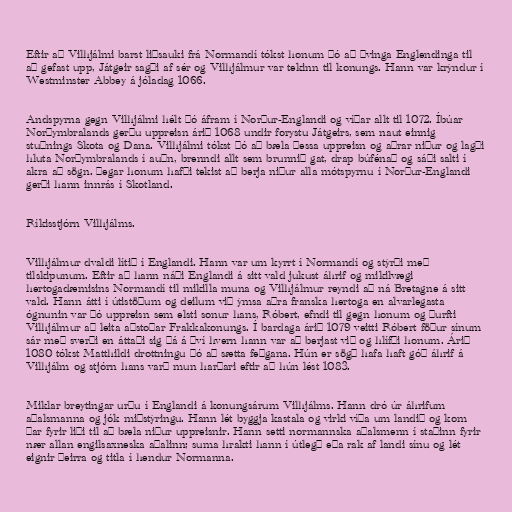
Eftir að Vilhjálmi barst liðsauki frá Normandí tókst honum þó að þvinga Englendinga til
að gefast upp, Játgeir sagði af sér og Vilhjálmur var tekinn til konungs. Hann var krýndur í
Westminster Abbey á jóladag 1066.

Andspyrna gegn Vilhjálmi hélt þó áfram í Norður-Englandi og víðar allt til 1072. Íbúar
Norðymbralands gerðu uppreisn árið 1068 undir forystu Játgeirs, sem naut einnig
stuðnings Skota og Dana. Vilhjálmi tókst þó að bæla þessa uppreisn og aðrar niður og lagði
hluta Norðymbralands í auðn, brenndi allt sem brunnið gat, drap búfénað og sáði salti í
akra að sögn. Þegar honum hafði tekist að berja niður alla mótspyrnu í Norður-Englandi
gerði hann innrás í Skotland.

Ríkisstjórn Vilhjálms.

Vilhjálmur dvaldi lítið í Englandi. Hann var um kyrrt í Normandí og stýrði með
tilskipunum. Eftir að hann náði Englandi á sitt vald jukust áhrif og mikilvægi
hertogadæmisins Normandí til mikilla muna og Vilhjálmur reyndi að ná Bretagne á sitt
vald. Hann átti í útistöðum og deilum við ýmsa aðra franska hertoga en alvarlegasta
ógnunin var þó uppreisn sem elsti sonur hans, Róbert, efndi til gegn honum og þurfti
Vilhjálmur að leita aðstoðar Frakkakonungs. Í bardaga árið 1079 veitti Róbert föður sínum
sár með sverði en áttaði sig þá á því hvern hann var að berjast við og hlífði honum. Árið
1080 tókst Matthildi drottningu þó að sætta feðgana. Hún er sögð hafa haft góð áhrif á
Vilhjálm og stjórn hans varð mun harðari eftir að hún lést 1083.

Miklar breytingar urðu í Englandi á konungsárum Vilhjálms. Hann dró úr áhrifum
aðalsmanna og jók miðstýringu. Hann lét byggja kastala og virki víða um landið og kom
þar fyrir liði til að bæla niður uppreisnir. Hann setti normannska aðalsmenn í staðinn fyrir
nær allan engilsaxneska aðalinn; suma hrakti hann í útlegð eða rak af landi sínu og lét
eignir þeirra og titla í hendur Normanna.